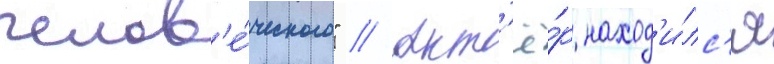
челов'е́ческого" // Акт'ё́р наход'и́лс'я